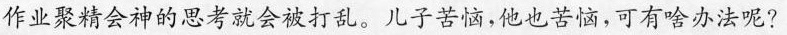
作业聚精会神的思考就会被打乱。儿子苦恼，他也苦恼，可有啥办法呢?